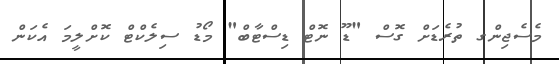
މެސެޖިންގ ތުރެޑަށް ގޮސް "ޑޫ ނޮޓް ޑިސްޓާބް" މޯޑު ސިލެކްޓް ކޮށްލީމަ އެކަން